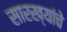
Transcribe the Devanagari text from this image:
सारख्यांचे